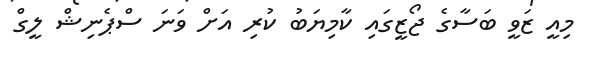
މިއީ ޒަވީ ބަސާގެ ޖޯޒީގައި ކާމިޔަބު ކުރި އަށް ވަނަ ސްޕެނިޝް ލީގް